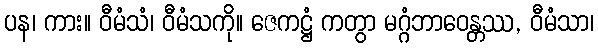
ပန၊ ကား။ ဝီမံသံ၊ ဝီမံသကို။ ဇေကဋ္ဌံ ကတွာ မဂ္ဂံဘာဝေန္တဿ, ဝီမံသာ၊